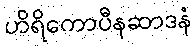
ဟိရိကောပီနဆာဒနံ